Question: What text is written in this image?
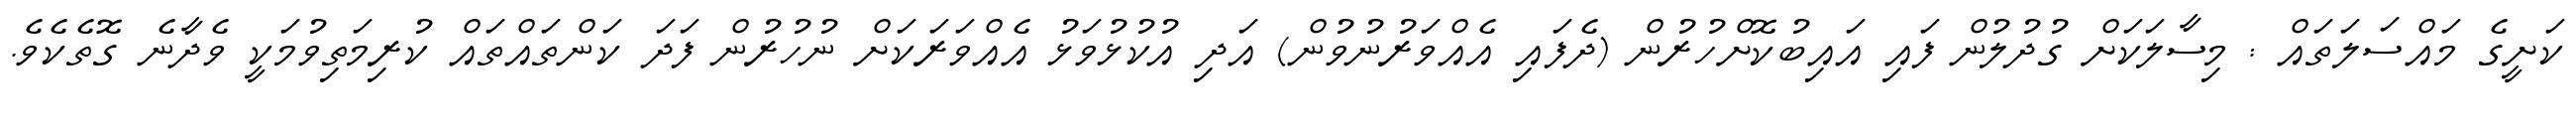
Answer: ކަށީގެ މައްސަލަތައް : މިސާލަކަށް ގުދުލުން ފައި އައިބުކޮށްހުރުން (ދެފައި އެއްވަރުނުވުން) އަދި އުކުޅުވަޅު އެއްވަރަކަށް ނުހުރުން ފަދަ ކަންތައްތައް ކުރިމަތިވުމަކީ ވެދާނެ ގޮތެކެވެ.